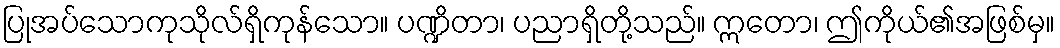
ပြုအပ်သောကုသိုလ်ရှိကုန်သော။ ပဏ္ဍိတာ၊ ပညာရှိတို့သည်။ ဣတော၊ ဤကိုယ်၏အဖြစ်မှ။